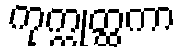
ကုက္ကုတ္ထကာ